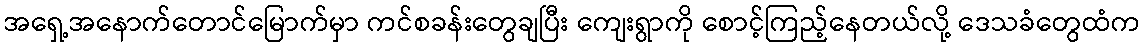
အရှေ့အနောက်တောင်မြောက်မှာ ကင်စခန်းတွေချပြီး ကျေးရွာကို စောင့်ကြည့်နေတယ်လို့ ဒေသခံတွေထံက